Lunatic asylums United Provinces 1899-1908 - 1899-1908
Year: 1899
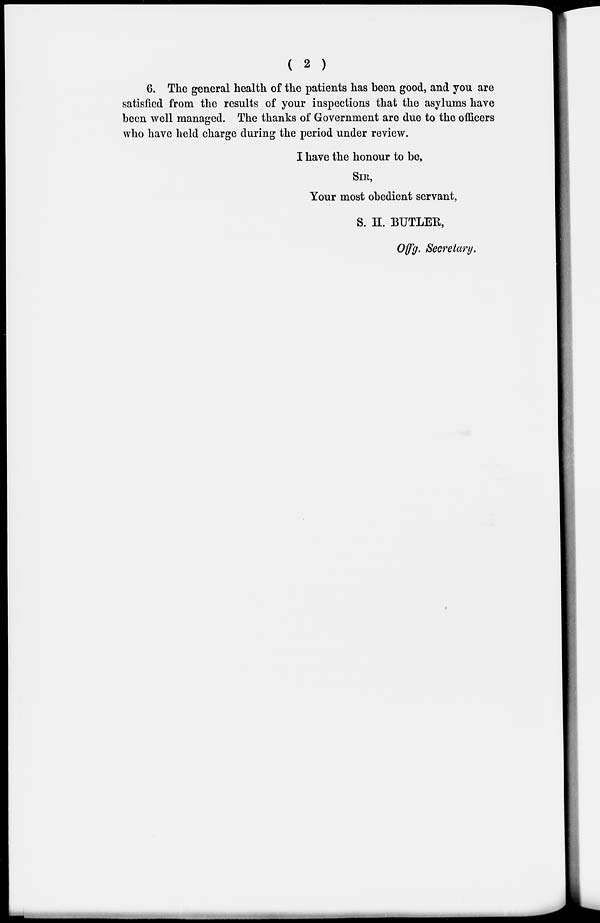
6. The general health of the patients has been good, and you are
satisfied from the results of your inspections that the asylums have
been well managed. The thanks of Government are due to the officers
who have held charge during the period under review.
I have the honour to be,
SIR,
Your most obedient servant,
S. H. BUTLER,
Offg. Secretary.